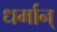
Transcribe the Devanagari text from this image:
धर्मान्